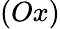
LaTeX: (Ox)